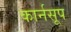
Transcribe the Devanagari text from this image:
कार्नसूप